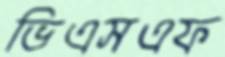
ভিএসএফ